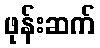
ဖုန်းဆက်